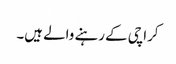
کراچی کے رہنے والے ہیں۔